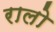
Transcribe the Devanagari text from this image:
रालो